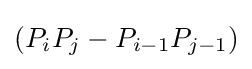
(P_{i}P_{j}-P_{i-1}P_{j-1})